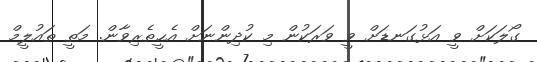
ގޯލަކަށް ވީ އަޅުގަނޑަށް ވީ ވަރަކުން މި ކުދިންނަށް އެޙީތެރިވާން. މަތީ ތައުލީމް